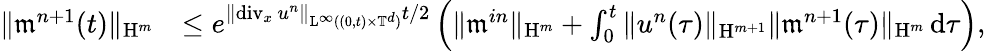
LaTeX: \begin{array}{rl}{\Vert\mathfrak{m}^{n+1}(t)\Vert_{\mathrm{H}^{m}}}&{\leq e^{\Vert\mathrm{div}_{x}\, u^{n}\Vert_{\mathrm{L}^{\infty}((0,t)\times\mathbb T^{d})}t/2}\left(\Vert\mathfrak{m}^{in}\Vert_{\mathrm{H}^{m}}+\int_{0}^{t}\Vert u^{n}(\tau)\Vert_{\mathrm{H}^{m+1}}\Vert\mathfrak{m}^{n+1}(\tau)\Vert_{\mathrm{H}^{m}}\, \mathrm{d}\tau\right),}\end{array}